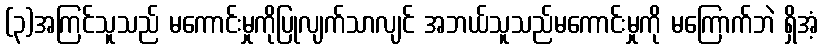
(၃)အကြင်သူသည် မကောင်းမှုကိုပြုလျက်သာလျင် အဘယ်သူသည်မကောင်းမှုကို မကြောက်ဘဲ ရှိအံ့